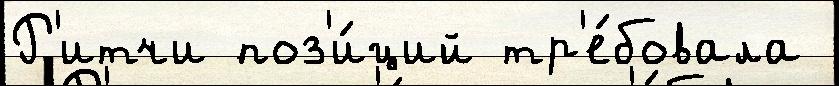
Р'итчи поз'и́ций тр'е́бовала